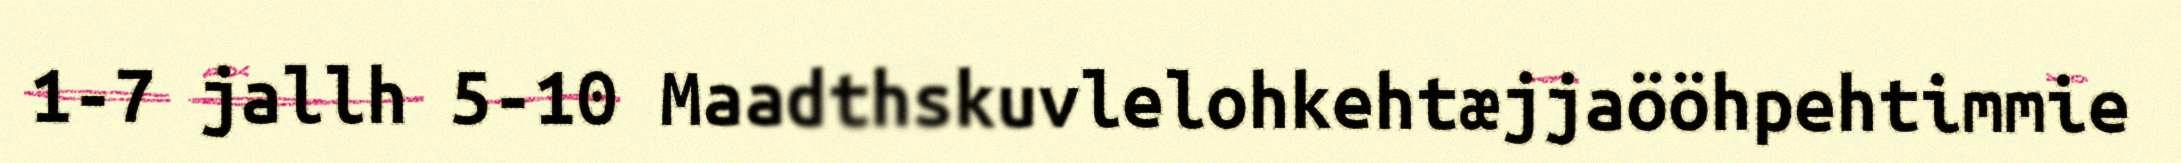
1-7 jallh 5-10 Maadthskuvlelohkehtæjjaööhpehtimmie